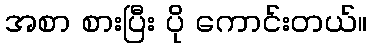
အစာ စားပြီး ပို ကောင်းတယ်။